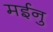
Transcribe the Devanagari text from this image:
मईनु